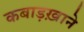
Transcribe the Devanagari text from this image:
कबाड़ख़ाने